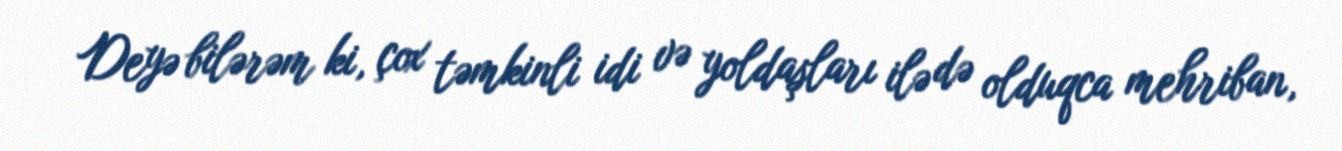
Deyə bilərəm ki, çox təmkinli idi və yoldaşları ilə də olduqca mehriban,